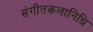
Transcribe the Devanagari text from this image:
संगीतकलानिधि